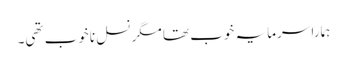
ہمارا سرمایہ خوب تھا مگر نسل ناخوب تھی۔